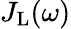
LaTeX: J_{\mathrm{L}}(\omega)